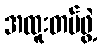
အထူးတပ်ဖွဲ့